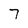
Character: 7